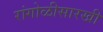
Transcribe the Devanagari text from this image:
रांगोळीसारखी